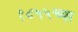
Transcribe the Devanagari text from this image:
१८५५च्या